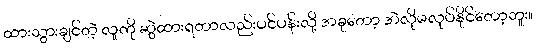
ထားသွားချင်တဲ့ လူကို ဆွဲထားရတာလည်းပင်ပန်းလို့ အခုတော့ အဲလိုမလုပ်နိုင်တော့ဘူး။